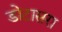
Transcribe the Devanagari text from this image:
डोटासरा